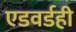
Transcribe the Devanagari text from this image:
एडवर्डही